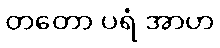
တတော ပရံ အာဟ